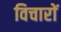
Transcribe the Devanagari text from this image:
विचाराें